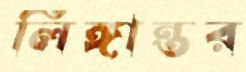
লিঙ্গান্তর